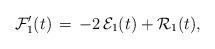
LaTeX: \begin{align*} \mathcal{F}_{1}' (t) \, = \, - 2 \, \mathcal{E}_1 (t) + \mathcal{R}_1 (t),\end{align*}